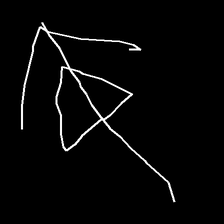
Glyph: pull